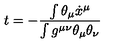
t = - \frac { \int \theta _ { \mu } \dot { x } ^ { \mu } } { \int g ^ { \mu \nu } \theta _ { \mu } \theta _ { \nu } }